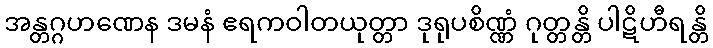
အန္တဂ္ဂဟဏေန ဒမနံ ဧရကဝါတယုတ္တာ ဒုရုပစိဏ္ဏံ ဂုတ္တန္တိ ပါဋိဟီရန္တိ